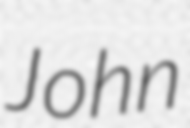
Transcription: John